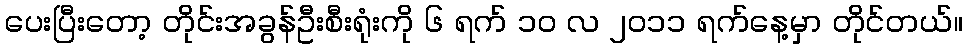
ပေးပြီးတော့ တိုင်းအခွန်ဦးစီးရုံးကို ၆ ရက် ၁၀ လ ၂၀၁၁ ရက်နေ့မှာ တိုင်တယ်။